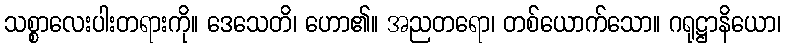
သစ္စာလေးပါးတရားကို။ ဒေသေတိ၊ ဟော၏။ အညတရော၊ တစ်ယောက်သော။ ဂရုဋ္ဌာနိယော၊